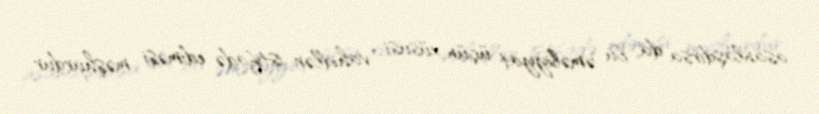
asanlaşdırsa da, bu əməliyyat üçün xüsusi vahidlər istifadə ediməsi məşhurdur.